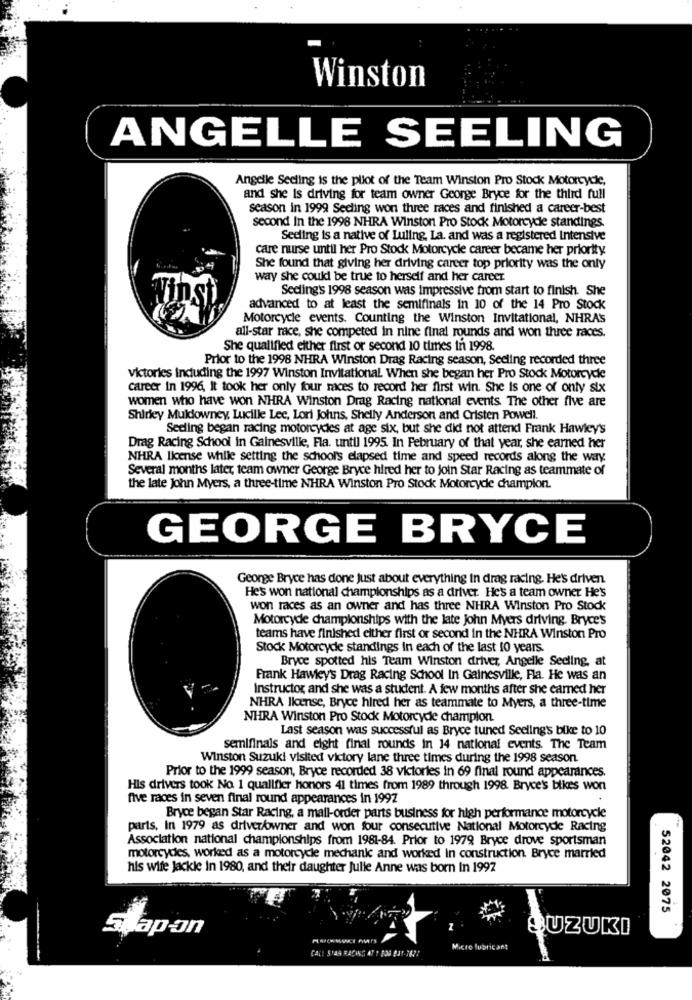
Winston
ANGELLE SEELING
Angelle Secling is the plot of the Team Winston Pro Stock Motorcydie,
and she is driving for team owner George Bryce for the third full
season in 1999 Secling won three races and finished a career-best
second In the 1998 NHRA Winston Pro Stock Motorcyde standings.
Sediing is a native of Luling, La. and was a registered Intensive
care nurse until her Pro Stock Motorcycle career became her priority.
She found that giving her driving career top priority was the only
way she could be true to herself and her career
Seding's 1998 season was impressive from start to finish. She
st
advanced to at least the semifinals in 10 of the 14 Pro Stock
Motorcycle events. Counting the Winston Invitational, NHRA'S
all-star race, she competed in nine final rounds and won three races.
She qualified either first or second 10 times in 1998.
Prior to the 1998 NHRA Winston Drag Racing season, Secling recorded three
victories including the 1997 Winston Invitational When she began her Pro Stock Motorcyde
career in 1996, It took her only four races to record her first win. She is one of only six
women who have won NHRA Winston Drag Racing national events The other five are
Shirley Muldowney, Lucille Lee, Lori Johns, Shelly Anderson and Cristen Powell.
Seeling began racing motorcycles at age six, but she did not attend Frank Hawley's
Drag Racing School in Gainesville, Fla. until 1995. In February of that year, she earned her
NHRA license while setting the school's elapsed time and speed records along the way
Several months later, team owner George Bryce hired her to Join Star Racing as teammate of
the late John Myers, a three-time NHRA Winston Pro Stock Motorcyde champion.
GEORGE BRYCE
George Bryce has done just about everything in drag racing. He's driven
Hes won national championships as a driver. Hes a team owner He's
won races as an owner and has three NHRA Winston Pro Stock
Motorcyde championships with the late John Myers driving. Bryce's
teams have finished either first or second in the NHRA Winston Pro
Stock Motorcyde standings In each of the last 10 years.
Bryce spotted his Team Winston driver, Angelle Sediing, at
Frank Hawley's Drag Racing School In Gainesville, Fla. He was an
Instructor, and she was a student. A few months after she earned her
NHRA license, Bryce hired her as teammate to Myers, a three-time
NHRA Winston Pro Stock Motorcyde champion
Last season was successful as Bryce tuned Seeling's bike to 10
semifinals and eight final rounds in 14 national events. The Team
Winston Suzuki visited victory lane three times during the 1998 season.
Prior to the 1999 season, Bryce recorded 38 victories in 69 final round appearances.
His drivers took No. 1 qualifier honors 41 times from 1989 through 1998. Bryce's bikes won
five races in seven final round appearances in 1997
Bryce began Star Racing, a mail-order parts business for high performance motorcycle
parts, In 1979 as driver/owner and won four consecutive National Motorcyde Racing
Association national championships from 1981-84. Prior to 1979 Bryce drove sportsman
motorcydies, worked as a motorcycle mechanic and worked in construction. Bryce married
his wife jackie in 1980, and their daughter Julie Anne was born In 1997
52042 2075
S. apan
SUZUKI
Micro lubricant